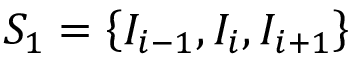
{ { S } _ { 1 } } = \left\{ { { I } _ { i - 1 } } , { { I } _ { i } } , { { I } _ { i + 1 } } \right\}